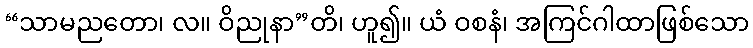
“သာမညတော၊ လ။ ဝိညုနာ”တိ၊ ဟူ၍။ ယံ ဝစနံ၊ အကြင်ဂါထာဖြစ်သော